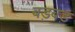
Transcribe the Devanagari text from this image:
बड़बड़